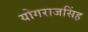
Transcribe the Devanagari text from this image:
योगराजसिंह